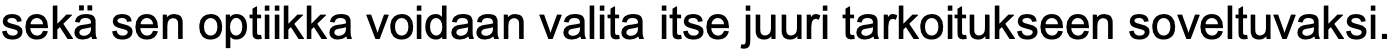
sekä sen optiikka voidaan valita itse juuri tarkoitukseen soveltuvaksi.